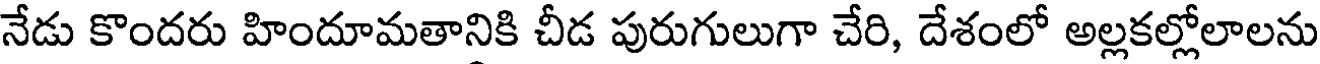
నేడు కొందరు హిందూమతానికి చీడ పురుగులుగా చేరి, దేశంలో అల్లకల్లోలాలను